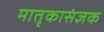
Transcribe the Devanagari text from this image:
मातृकासंज्ञक